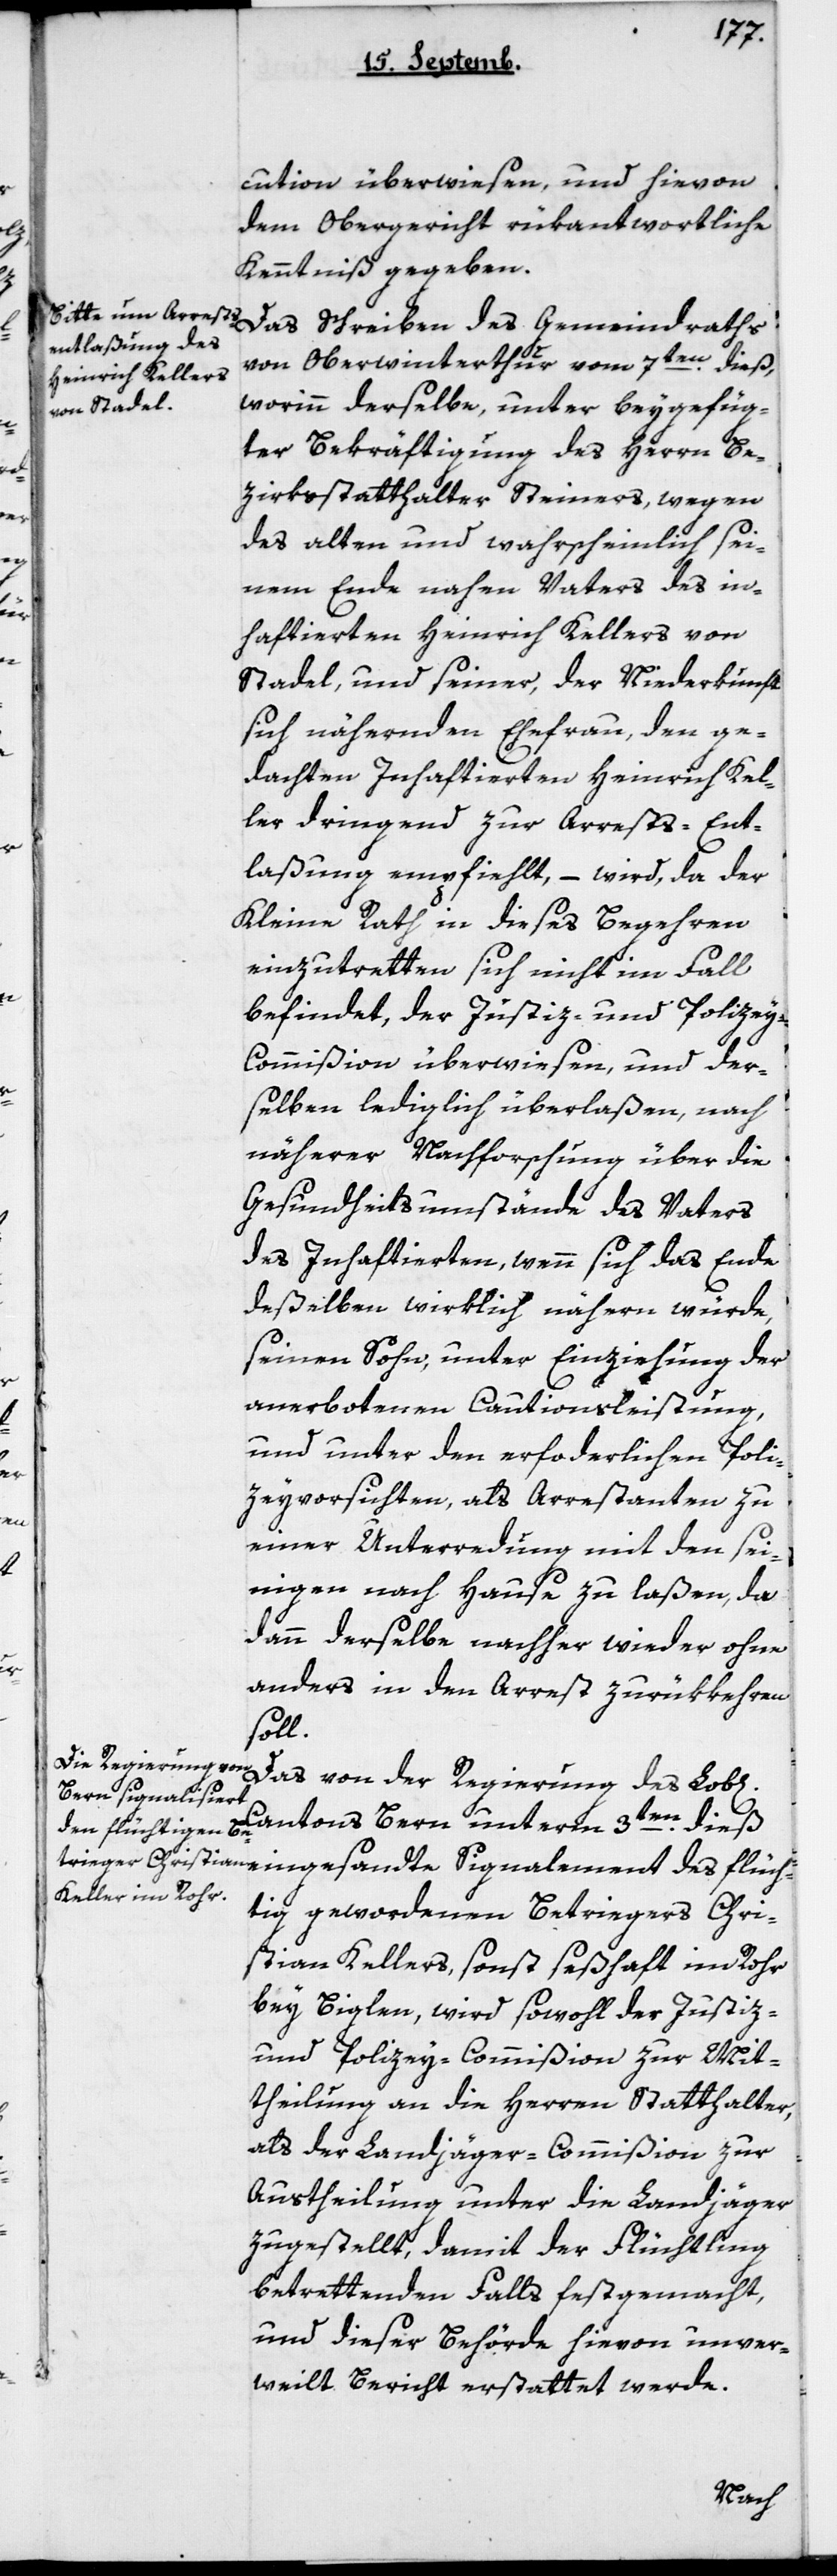
cution überwiesen, und hievon
dem Obergericht rükantwortliche
Kenntniß gegeben.
von Oberwinterthur vom 7ten dieß,
worinn derselbe, unter beygefüg¬
ter Bekräftigung des Herrn Be¬
zirksstatthalter Steiners, wegen
des alten und wahrscheinlich sei¬
nem Ende nahen Vaters des in¬
haftierten Heinrich Kellers von
Stadel, und seiner, der Niederkunft
sich nähernden Ehefrau, den ge¬
dachten inhaftierten Heinrich Kel¬
ler dringend zur Arrests-Ent¬
laßung empfiehlt, – wird, da der
Kleine Rath in dieses Begehren
einzutretten sich nicht im Fall
befindet, der Justiz- und Policey-C¬
ommißion überwiesen, und der¬
selben lediglich überlaßen, nach
näherer Nachforschung über die
Gesundheitsumstände des Vaters
des Inhaftierten, wenn sich das Ende
deßelben wirklich nähern würde,
seinen Sohn, unter Einziehung der
anerbotenen Cautionsleistung,
und unter den erforderlichen Poli¬
ceyvorsichten, als Arrestanten zu
einer Unterredung mit den Sei¬
nigen nach Hause zu laßen, da
dann derselbe nachher wieder ohne
anders in den Arrest zurükkehren
soll.
Cantons Bern unterm 3ten dieß
der
tig gewordenen Betriegers Chri¬
stian Kellers, sonst seßhaft im Rohr
bey Biglen, wird sowohl der Justiz-
und Policey-Commißion zur Mit¬
theilung an die Herren Statthalter,
als der Landjäger-Commißion zur
Austheilung unter die Landjäger
zugestellt, damit der Flüchtling
betrettenden Falls festgemacht,
und dieser Behörde hievon unver¬
weilt Bericht erstattet werde.
flüch¬